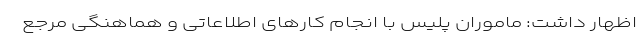
اظهار داشت: ماموران پلیس با انجام کار‌های اطلاعاتی و هماهنگی مرجع